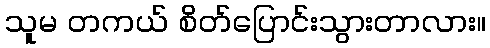
သူမ တကယ် စိတ်ပြောင်းသွားတာလား။